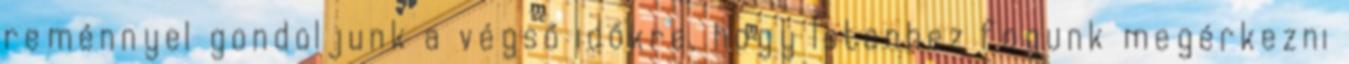
reménnyel gondoljunk a végső időkre, hogy Istenhez fogunk megérkezni